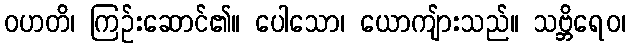
ဝဟတိ၊ ကြဉ်းဆောင်၏။ ပေါသော၊ ယောကျ်ားသည်။ သဗ္ဘိရေဝ၊